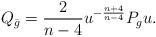
LaTeX: \begin{align*}Q_{\bar{g}}=\frac{2}{n-4}u^{-\frac{n+4}{n-4}}P_gu.\end{align*}